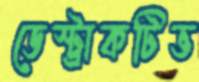
ডেস্ট্রাকটিভ